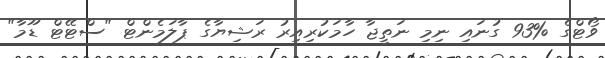
ވޯޓްގެ %93 ގުނައި ނިމި ނަތީޖާ ހާމަކުރިއިރު ރަޝިޔާގެ ޕާލަމެންޓް "ސްޓޭޓް ޑޫމާ"